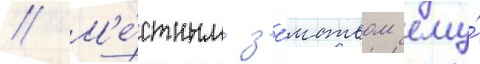
// М'е́стным з'е́мством ему́